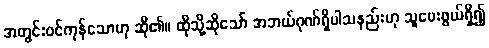
အတွင်းဝင်ကုန်သောဟု ဆို၏။ ထိုသို့ဆိုသော် အဘယ်ဂုဏ်ရှိပါသနည်းဟု သူမေးဖွယ်ရှိ၍